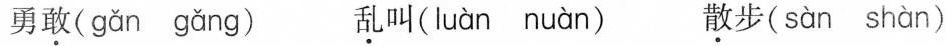
勇敢( gǎn gǎng ) 乱叫( luàn nuàn ) 散步( sàn shàn )